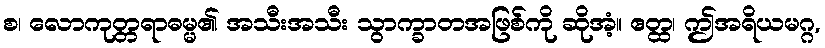
စ၊ လောကုတ္တရာဓမ္မ၏ အသီးအသီး သွာက္ခာတအဖြစ်ကို ဆိုအံ့။ ဧတ္ထ၊ ဤအရိယမဂ္ဂ,